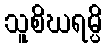
သူစိဃရမ္ပိ